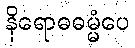
နိရောဓဓမ္မံပေ